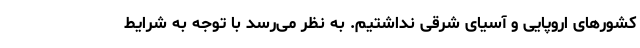
کشورهای اروپایی و آسیای شرقی نداشتیم. به نظر می‌رسد با توجه به شرایط